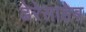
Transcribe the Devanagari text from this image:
ढेरेसाहेब